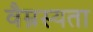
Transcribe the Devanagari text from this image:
वैम्नस्यता